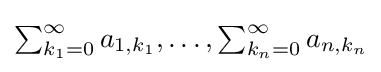
{\textstyle \sum _{k_{1}=0}^{\infty }a_{1,k_{1}},\ldots ,\sum _{k_{n}=0}^{\infty }a_{n,k_{n}}}